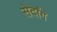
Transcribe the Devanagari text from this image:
सेर्दांग